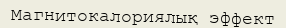
Магнитокалориялық эффект